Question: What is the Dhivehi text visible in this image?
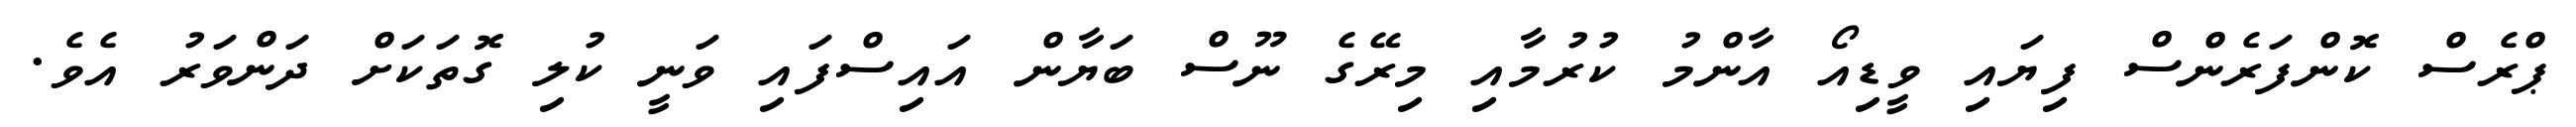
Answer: ޕްރެސް ކޮންފަރެންސް ފިޔައި ވީޑިއޯ އާންމު ކުރުމާއި މިރޭގެ ނޫސް ބަޔާން އައިސްފައި ވަނީ ކުލި ގޮތަކަށް ދަންވަރު އެވެ.